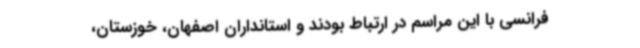
فرانسی با این مراسم در ارتباط بودند و استانداران اصفهان، خوزستان،